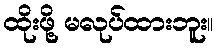
ထိုးဖို့ မလုပ်ထားဘူး။